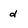
Character: d